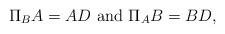
LaTeX: \begin{align*}\Pi_B A= AD \mbox{ and } \Pi_A B= BD,\end{align*}